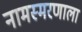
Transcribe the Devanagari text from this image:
नामस्मरणाला